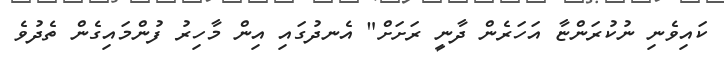
ކައިވެނި ނުކުރަންޏާ އަހަރެން ދާނީ ރަށަށް" އެނދުގައި އިން މާހިރު ފުންމައިގެން ތެދުވެ